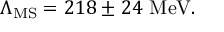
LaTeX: \Lambda _ { \mathrm { { M S } } } = 2 1 8 \pm 2 4 { \mathrm { ~ M e V } } .